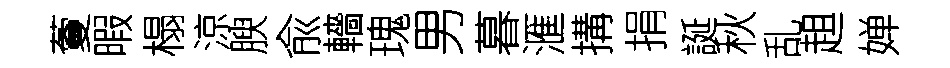
藑暇榻涼腴兪轖瑰男暮滙搆捐誕秋乱趄婵